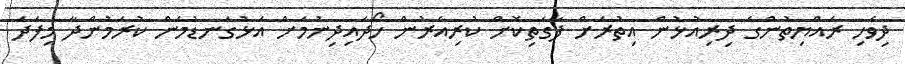
ދިވެހި ރައްޔިތުންގެ ދިރިއުޅުން އިތުރަށް ފާގަތިކޮށް ކުރިއެރުން ހޯދައިދިނުމަށް އަޅުގަނޑުމެން ކުރަމުންދާ މިފަދަ